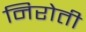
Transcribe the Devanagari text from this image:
निरोती